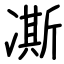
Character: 凘